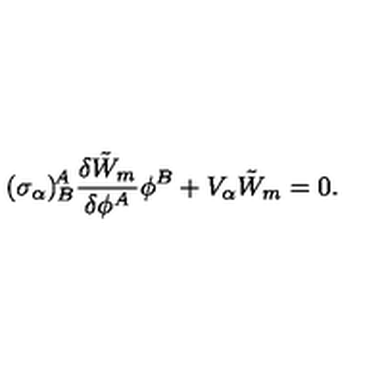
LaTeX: ( \sigma _ { \alpha } ) _ { B } ^ { \! A } \frac { \delta \tilde { W } _ { m } } { \delta \phi ^ { A } } \phi ^ { B } + V _ { \alpha } \tilde { W } _ { m } = 0 .